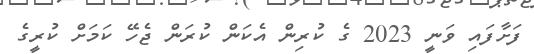
ފަށާފައި ވަނީ 2023 ގެ ކުރިން އެކަން ކުރަން ޖެހޭ ކަމަށް ކުރީގެ